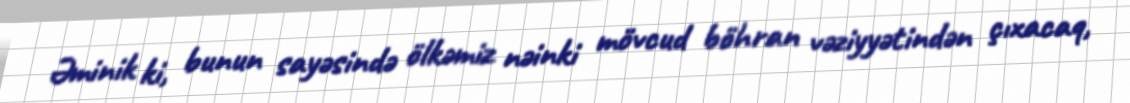
Əminik ki, bunun sayəsində ölkəmiz nəinki mövcud böhran vəziyyətindən çıxacaq,